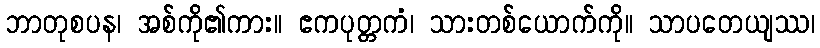
ဘာတုစပန၊ အစ်ကို၏ကား။ ဧကပုတ္တကံ၊ သားတစ်ယောက်ကို။ သာပတေယျဿ၊